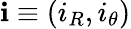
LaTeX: \mathbf{i}\equiv(i_{R},i_{\theta})